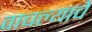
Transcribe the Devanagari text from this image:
वाचल्याचे